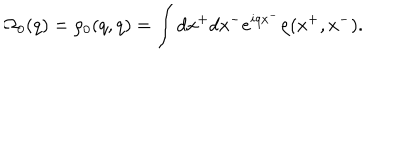
\Omega _ { 0 } ( q ) = \rho _ { 0 } ( q , q ) = \int d x ^ { + } d x ^ { - } e ^ { i q x ^ { - } } \rho ( x ^ { + } , x ^ { - } ) .